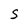
Character: S